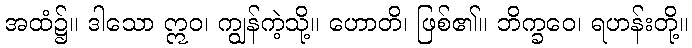
အထံ၌။ ဒါသော ဣဝ၊ ကျွန်ကဲ့သို့။ ဟောတိ၊ ဖြစ်၏။ ဘိက္ခဝေ၊ ရဟန်းတို့။